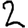
Digit: 2